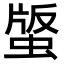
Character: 𧌿